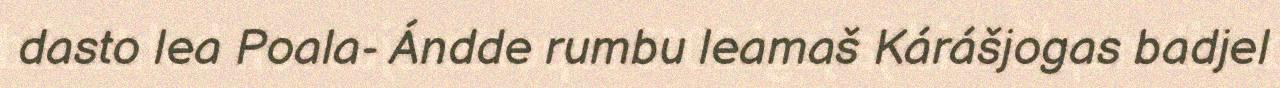
dasto lea Poala- Ándde rumbu leamaš Kárášjogas badjel